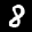
Label: 8